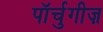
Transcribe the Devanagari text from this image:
पॉर्चुगीज़